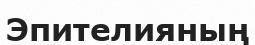
Эпителияның